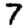
Digit: 7